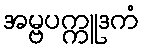
အမ္ဗပက္ကူဒကံ